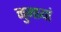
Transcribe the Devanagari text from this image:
नुमायां